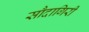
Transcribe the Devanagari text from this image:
सौदागिरी